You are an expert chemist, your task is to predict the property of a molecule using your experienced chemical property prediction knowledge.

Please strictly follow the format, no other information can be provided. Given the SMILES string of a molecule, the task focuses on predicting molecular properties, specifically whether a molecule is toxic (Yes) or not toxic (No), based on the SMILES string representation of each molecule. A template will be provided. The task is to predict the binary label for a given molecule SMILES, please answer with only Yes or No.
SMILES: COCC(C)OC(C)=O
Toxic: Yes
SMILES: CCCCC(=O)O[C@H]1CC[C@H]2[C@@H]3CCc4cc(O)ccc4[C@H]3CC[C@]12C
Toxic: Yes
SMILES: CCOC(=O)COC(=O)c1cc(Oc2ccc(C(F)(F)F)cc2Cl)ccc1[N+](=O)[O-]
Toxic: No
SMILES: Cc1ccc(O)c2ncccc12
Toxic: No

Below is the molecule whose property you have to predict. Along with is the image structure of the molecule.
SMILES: CCC1CO1
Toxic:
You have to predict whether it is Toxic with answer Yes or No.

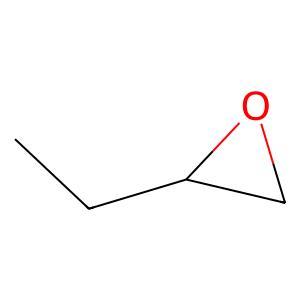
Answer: No